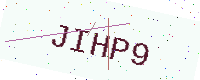
Text: JIHP9